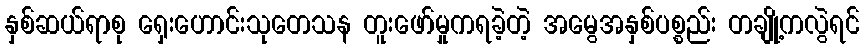
နှစ်ဆယ်ရာစု ရှေးဟောင်းသုတေသန တူးဖော်မှုကရခဲ့တဲ့ အမွေအနှစ်ပစ္စည်း တချို့ကလွဲရင်